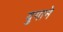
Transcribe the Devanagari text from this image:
युगाने